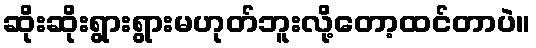
ဆိုးဆိုးရွားရွားမဟုတ်ဘူးလို့တော့ထင်တာပဲ။